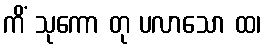
ကိံ သုကော တု ပလာသော ထ၊